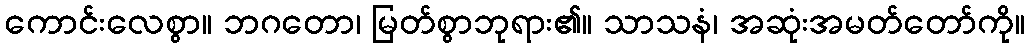
ကောင်းလေစွာ။ ဘဂတော၊ မြတ်စွာဘုရား၏။ သာသနံ၊ အဆုံးအမတ်တော်ကို။